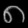
Digit: ၈